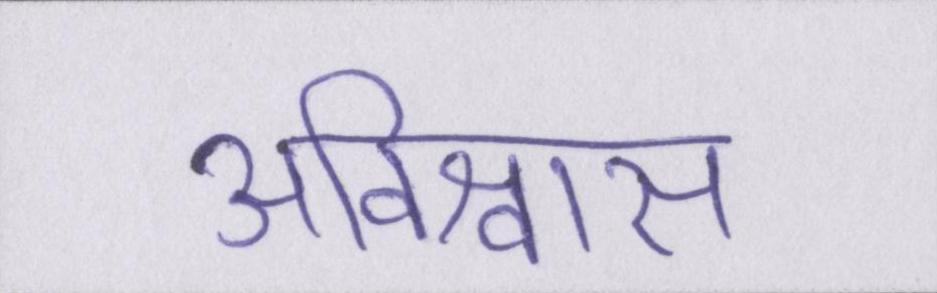
अविश्वास